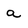
Character: a